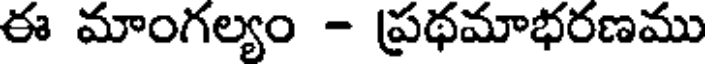
ఈ మాంగల్యం - ప్రథమాభరణము